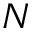
N